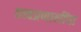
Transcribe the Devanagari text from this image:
तत्त्वप्रणालींचा